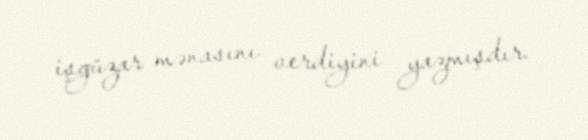
işgüzar mənasını verdiyini yazmışdır.